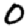
Digit: 0